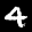
Label: 4